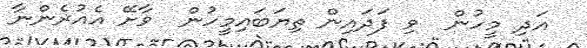
އަދި މީހުން  ވި ފަދައިން ތިޔަބައިމީހުން  ވާށޭ އެއުރެންނާ